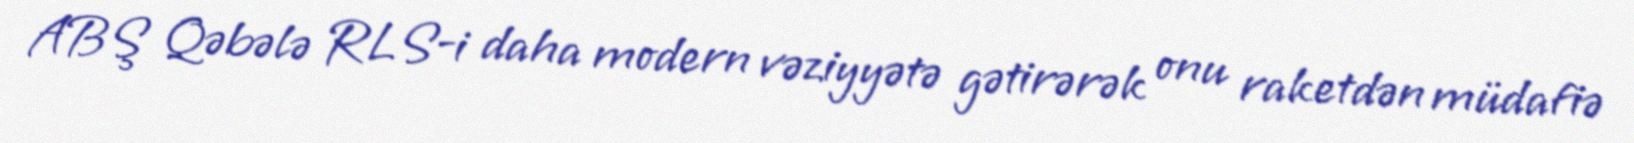
ABŞ Qəbələ RLS-i daha modern vəziyyətə gətirərək onu raketdən müdafiə